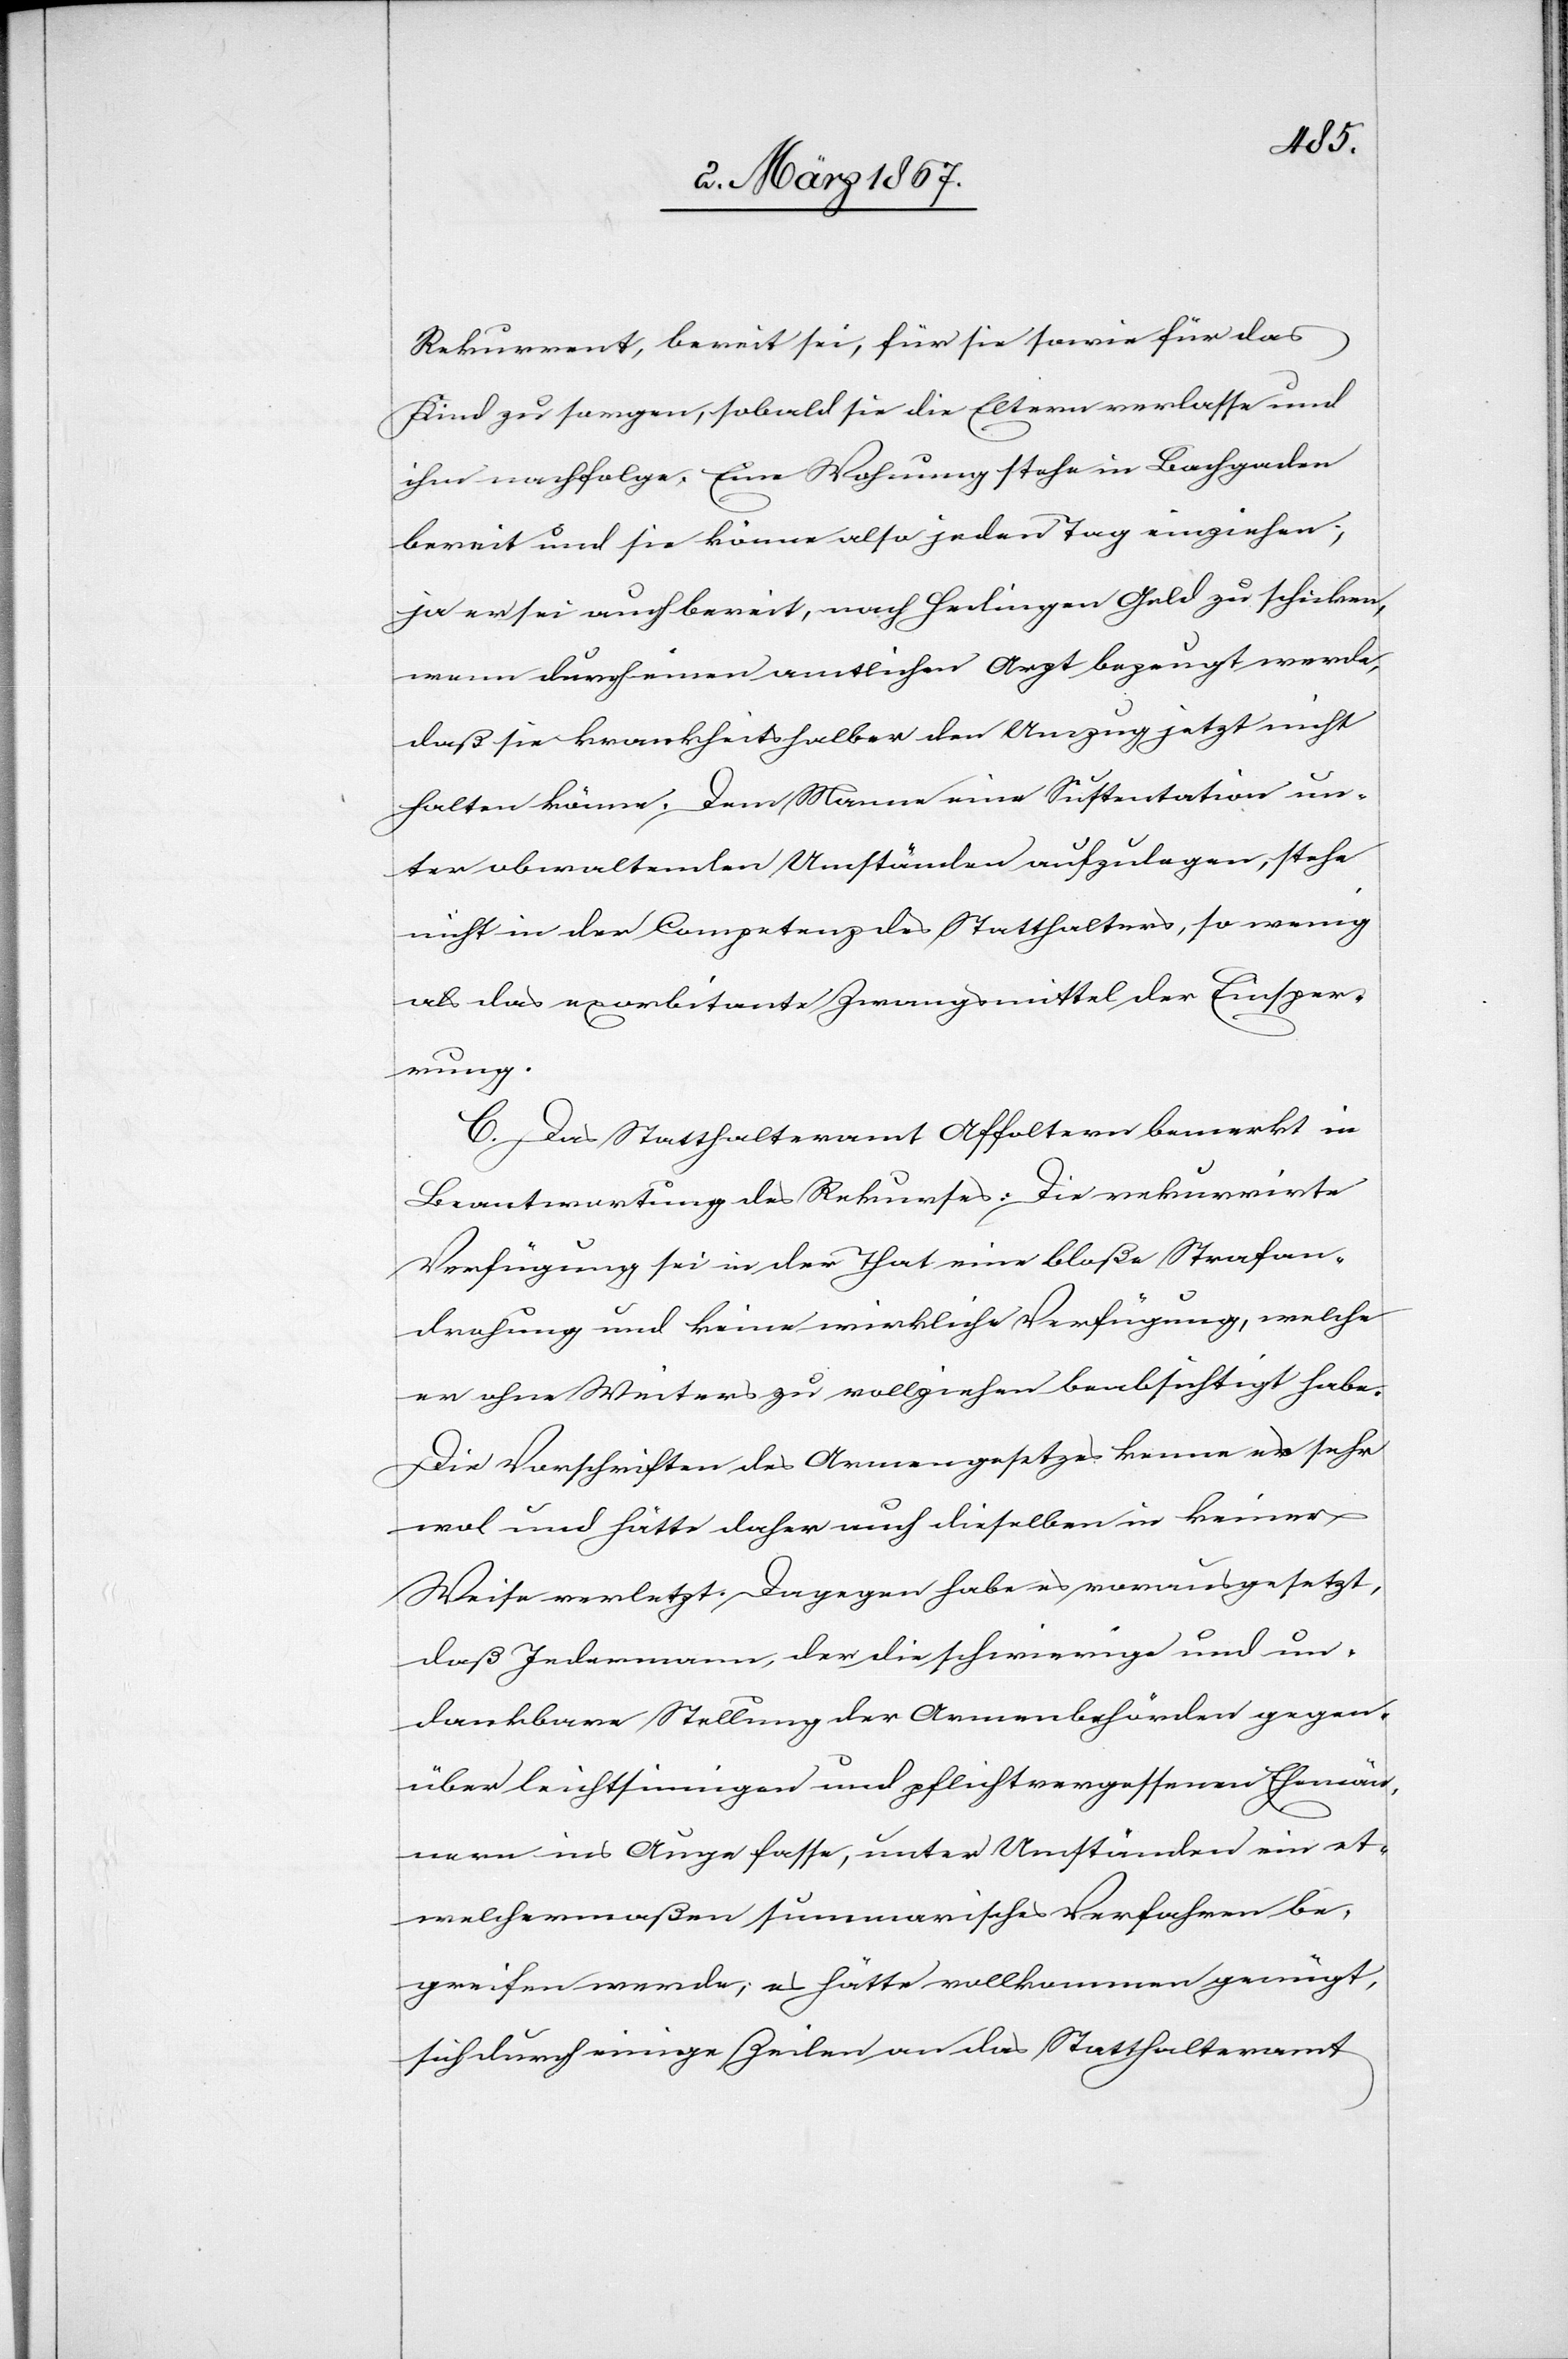
Rekurrent, bereit sei, für sie sowie für das
Kind zu sorgen, sobald sie die Eltern verlasse und
ihm nachfolge. Eine Wohnung stehe in Bachgaden
bereit und sie könne also jeden Tag einziehen;
ja er sei auch bereit, nach Hedingen Geld zu schicken,
wenn durch einen amtlichen Arzt bezeugt werde,
daß sie krankheitshalber den Umzug jetzt nicht
halten könne. Dem Manne eine Sustentation un¬
ter obwaltenden Umständen aufzulegen, stehe
nicht in der Competenz des Statthalters, so wenig
als das exorbitante Zwangsmittel der Einsper¬
rung.
C. Das Statthalteramt Affoltern bemerkt in
Beantwortung des Rekurses: Die rekurrirte
Verfügung sei in der That eine bloße Strafan¬
drohung und keine wirkliche Verfügung, welche
er ohne Weiteres zu vollziehen beabsichtigt habe.
Die Vorschriften des Armengesetzes kenne er sehr
wol und hätte daher auch dieselben in keiner
Weise verletzt. Dagegen habe es vorausgesetzt,
daß Jedermann, der die schwierige und un¬
dankbare Stellung der Armenbehörden gegen¬
über leichtsinnigen und pflichtvergessenen Ehemän¬
nern ins Auge fasse, unter Umständen ein et¬
welchermaßen summarisches Verfahren be¬
greifen werde; es hätte vollkommen genügt,
sich durch einige Zeilen an das Statthalteramt